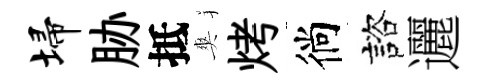
埽胁抵爽烤徜諮邐